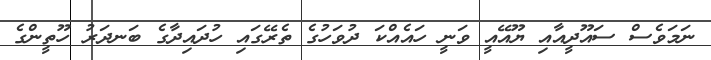
ނަމަވެސް ސައޫދީއާއި ޔޫއޭއީ ވަނީ ހައެއްކަ ދުވަހުގެ ތެރޭގައި ހުދައިދާގެ ބަނދަރު ހޫތީންގެ